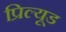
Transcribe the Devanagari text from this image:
प्रिल्यूड